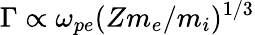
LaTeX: \Gamma\propto\omega_{pe}(Zm_{e}/m_{i})^{1/3}